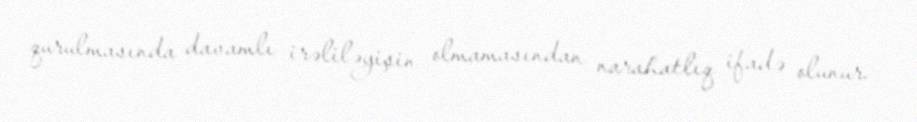
qurulmasında davamlı irəliləyişin olmamasından narahatlıq ifadə olunur.